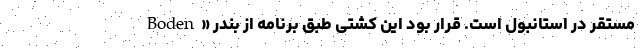
Boden» مستقر در استانبول است. قرار بود این کشتی طبق برنامه از بندر